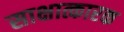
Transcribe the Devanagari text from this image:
साक्षात्कारक